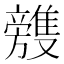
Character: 𣄥